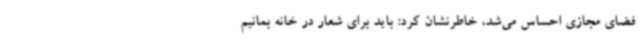
فضای مجازی احساس می‌شد، خاطرنشان کرد: باید برای شعار در خانه بمانیم